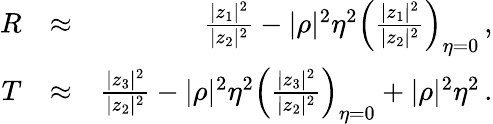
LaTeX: \begin{array}{rlr}{R}&{\approx}&{\frac{|z_{1}|^{2}}{|z_{2}|^{2}}-|\rho|^{2}\eta^{2}\left(\frac{|z_{1}|^{2}}{|z_{2}|^{2}}\right)_{\eta=0}\, ,}\\ {T}&{\approx}&{\frac{|z_{3}|^{2}}{|z_{2}|^{2}}-|\rho|^{2}\eta^{2}\left(\frac{|z_{3}|^{2}}{|z_{2}|^{2}}\right)_{\eta=0}+|\rho|^{2}\eta^{2}\, .}\end{array}